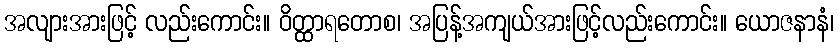
အလျားအားဖြင့် လည်းကောင်း။ ဝိတ္ထာရတောစ၊ အပြန့်အကျယ်အားဖြင့်လည်းကောင်း။ ယောဇနာနံ၊